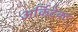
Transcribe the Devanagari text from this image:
अर्किटेक्ट